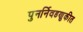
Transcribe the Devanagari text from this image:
पुनर्निवडणुकीत